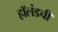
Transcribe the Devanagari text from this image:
हॉलंडची